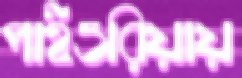
পাইওরিয়ায়